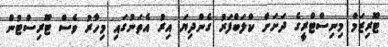
ޓޫރިޒަމް މިނިސްޓްރީގެ ދަށަށް ކްލަބްފަރު ގެންދިޔަ އިރު އެތަނުގައި މިހާރު ވެސް ޓޫރިސްޓުން